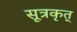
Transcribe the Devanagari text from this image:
सूत्रकृत्